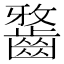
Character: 𪘯